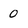
Character: 0